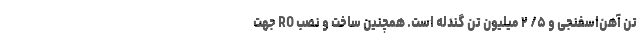
تن آهن‌اسفنجی و ۵/ ۲ میلیون تن گندله است. همچنین ساخت و نصب RO جهت